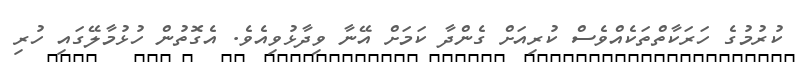
ކުރުމުގެ ހަރަކާތްތަކެއްވެސް ކުރިއަށް ގެންދާ ކަމަށް އޭނާ ވިދާޅުވިއެވެ. އެގޮތުން ހުޅުމާލޭގައި ހުރި